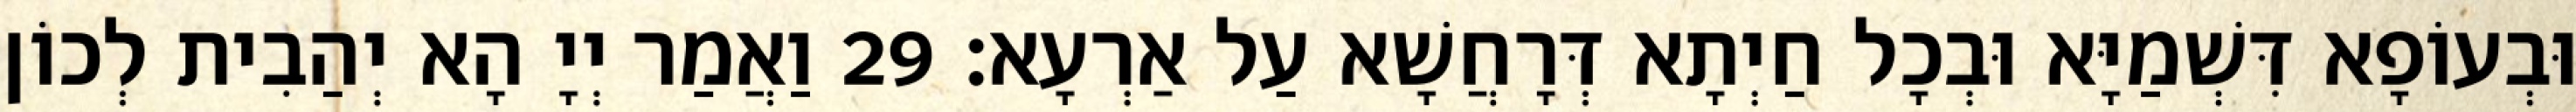
וּבְעוֹפָא דִּשְׁמַיָּא וּבְכָל חַיְתָא דְּרָחֲשָׁא עַל אַרְעָא׃ 29 וַאֲמַר יְיָ הָא יְהַבִית לְכוֹן